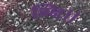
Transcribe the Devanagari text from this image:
ग्नि।।